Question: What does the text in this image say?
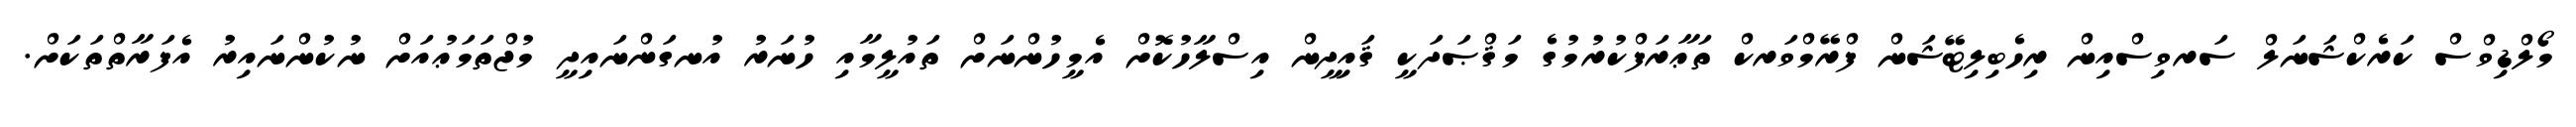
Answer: މޯލްޑިވްސް ކަރެކްޝަނަލް ސަރވިސްއިން ރިހެބިލިޓޭޝަން ފްރޭމްވަރކް ތަޢާރަފްކުރުމުގެ މަޤްޞަދަކީ ޤައިދީން އިސްލާހުކޮށް އެމީހުންނަށް ތައުލީމާއި ހުނަރު އުނގަންނައިދީ މުޖްތަމަޢުއަށް ނުކުންނައިރު އެފަރާތްތަކަށް.